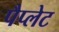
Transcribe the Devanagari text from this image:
पैप्लेट